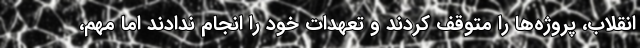
انقلاب، پروژه‌ها را متوقف کردند و تعهدات خود را انجام ندادند اما مهم،